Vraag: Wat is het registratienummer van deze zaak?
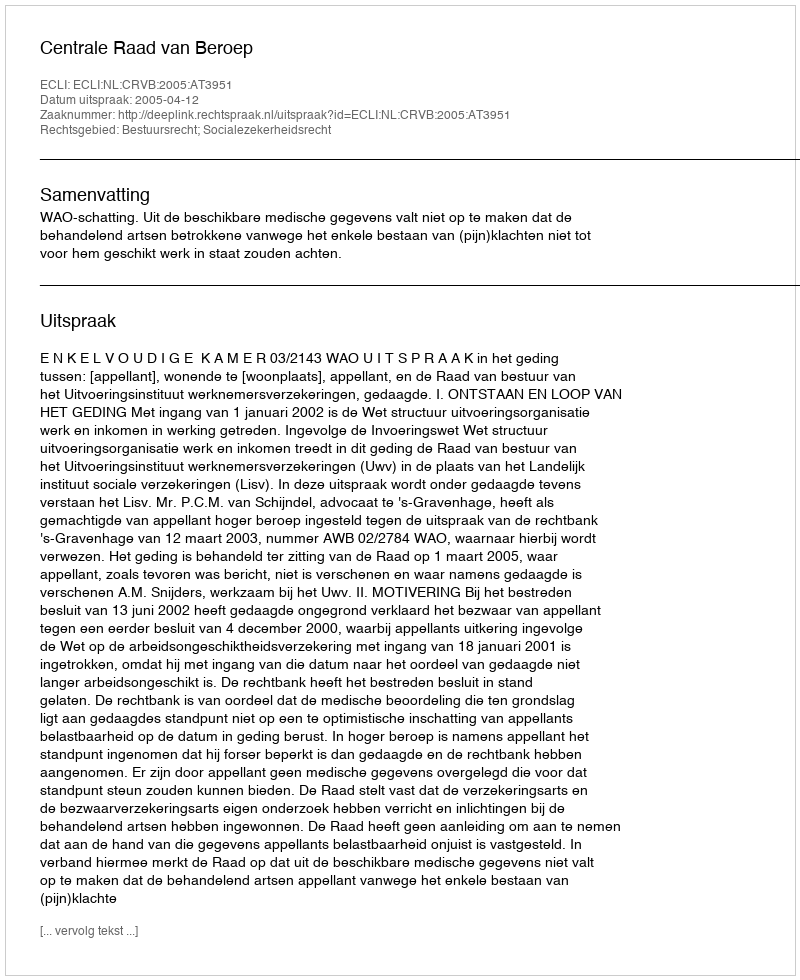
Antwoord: http://deeplink.rechtspraak.nl/uitspraak?id=ECLI:NL:CRVB:2005:AT3951